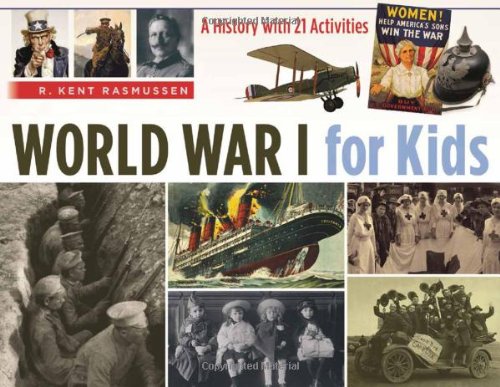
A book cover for World War I for Kids: A History with 21 Activities (For Kids series); R. Kent Rasmussen; Children's Books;